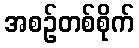
အစဉ်တစ်စိုက်